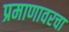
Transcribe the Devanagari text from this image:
प्रमाणावरचा